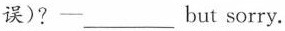
误)?-___but sorry.